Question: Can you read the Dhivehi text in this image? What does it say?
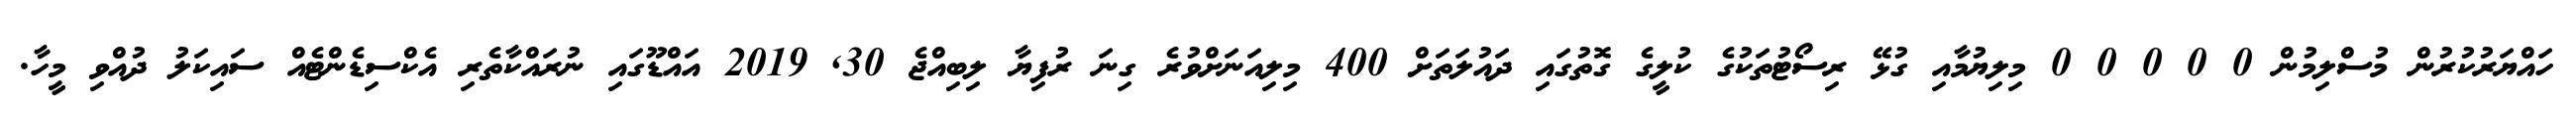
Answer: ހައްޔަރުކުރުން މުސްލިމުން 0 0 0 0 0 މިލިޔުމާއި ގުޅޭ ރިސޯޓުތަކުގެ ކުލީގެ ގޮތުގައި ދައުލަތަށް 400 މިލިއަނަށްވުރެ ގިނަ ރުފިޔާ ލިބިއްޖެ 30, 2019 އައްޑޫގައި ނުރައްކާތެރި އެކްސިޑެންޓެއް ސައިކަލު ދުއްވި މީހާ.